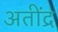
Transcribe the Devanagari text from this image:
अतींद्र